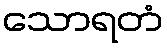
သောရတံ